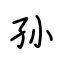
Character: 孙